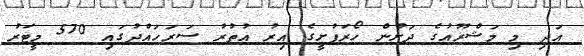
އަދި މި މަޝްރޫއުގެ ދަށުން ހޯރަފުށީގެ އިރު އުތުރު ސަރަހައްދުގައި 570 މީޓަރު